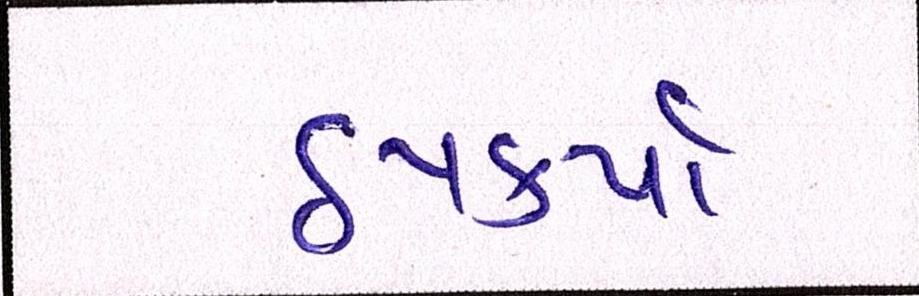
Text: ઠપકર્યા